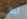
ليالي